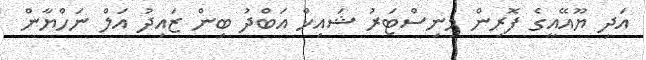
އަދި ޔޫއޭއީގެ ފޮރިން މިނިސްޓަރު ޝައިޚް އަބްދު ބިން ޒައިދު އަލް ނަހްޔާން